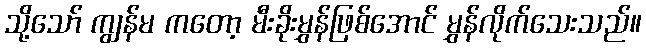
သို့သော် ကျွန်မ ကတော့ မီးခိုးမွှန်ဖြစ်အောင် မွှန်လိုက်သေးသည်။